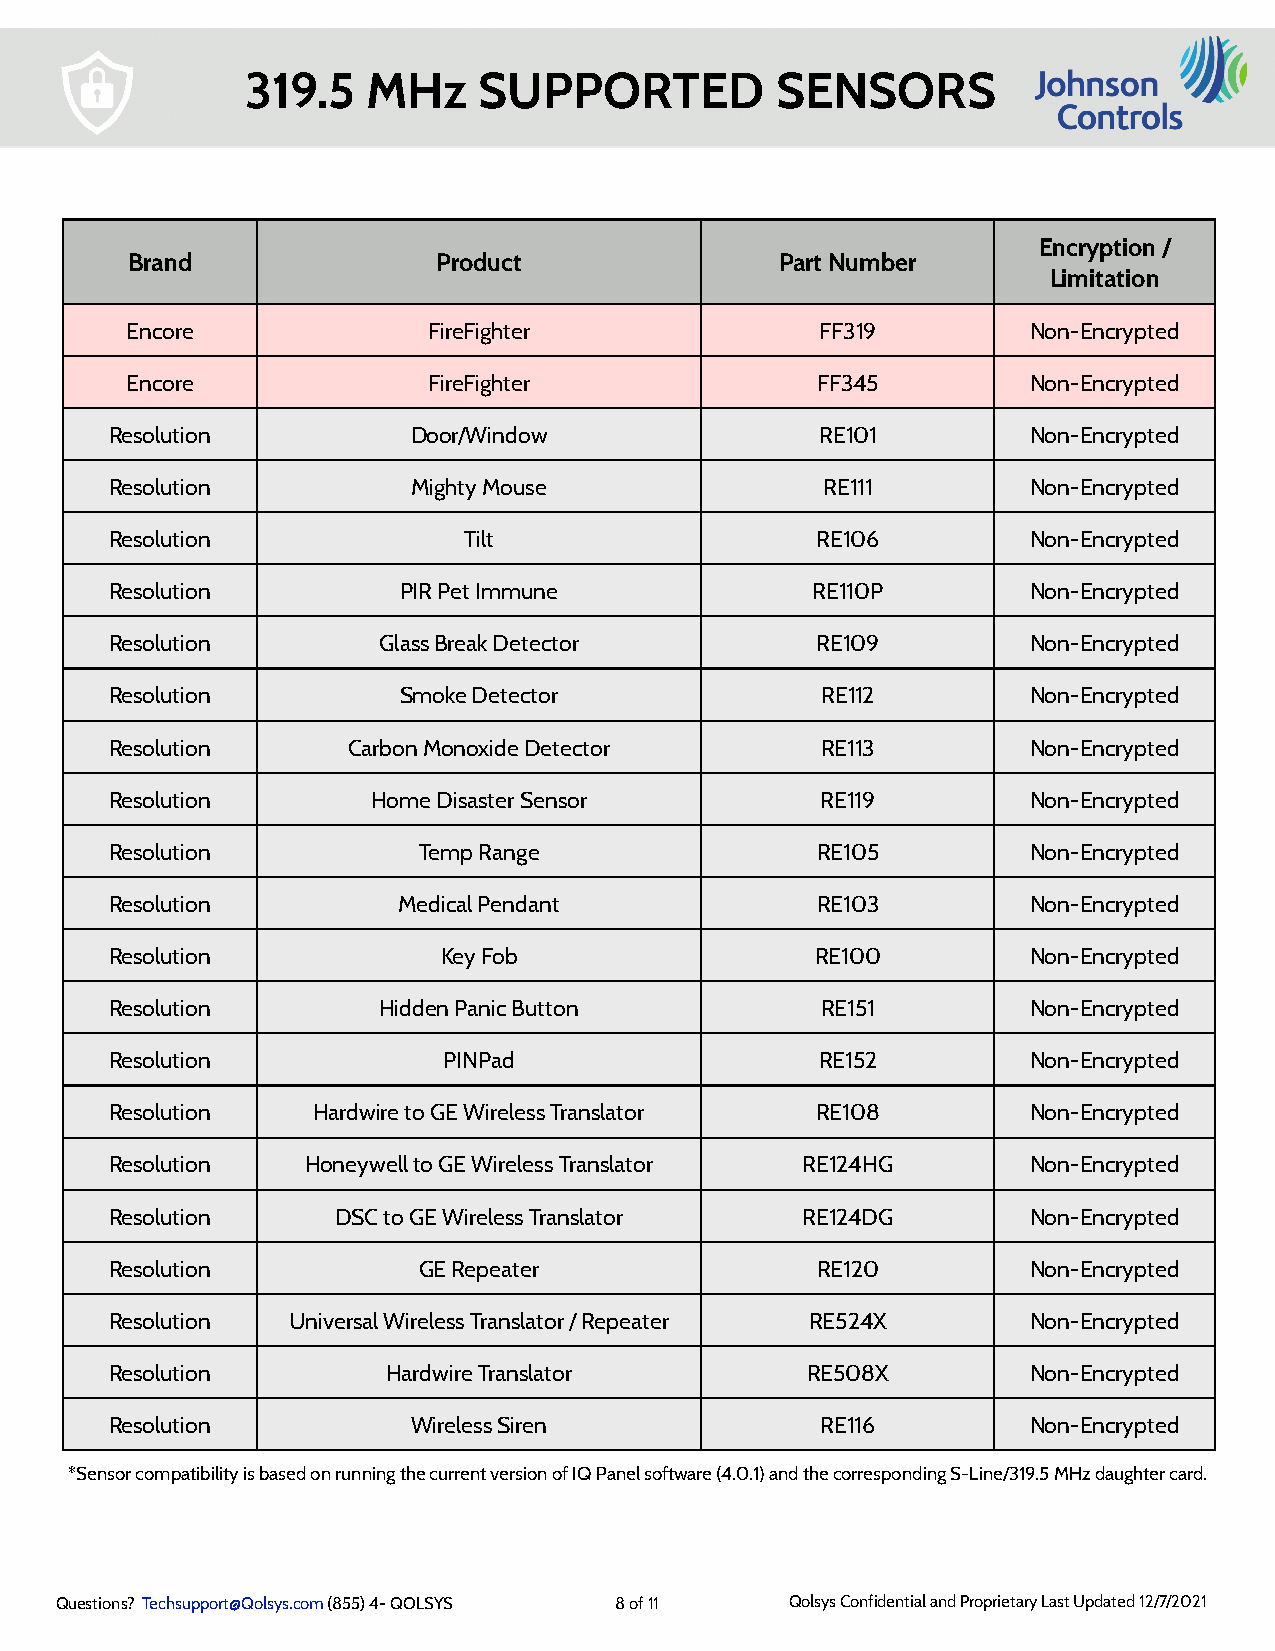
319.5   MHz     SUPPORTED          SENSORS
 Encryption /
 Brand                Product                Part Number
 Limitation
 Encore              FireFighter               FF319         Non-Encrypted
 Encore              FireFighter               FF345         Non-Encrypted
 Resolution          Door/Window                RE101         Non-Encrypted
 Resolution          Mighty Mouse                RE111        Non-Encrypted
 Resolution              Tilt                   RE106         Non-Encrypted
 Resolution         PIR Pet Immune              RE110P        Non-Encrypted
 Resolution        Glass Break Detector         RE109         Non-Encrypted
 Resolution         Smoke Detector              RE112         Non-Encrypted
 Resolution      Carbon Monoxide Detector       RE113         Non-Encrypted
 Resolution        Home Disaster Sensor         RE119         Non-Encrypted
 Resolution           Temp Range                RE105         Non-Encrypted
 Resolution         Medical Pendant             RE103         Non-Encrypted
 Resolution            Key Fob                  RE100         Non-Encrypted
 Resolution        Hidden Panic Button          RE151         Non-Encrypted
 Resolution            PINPad                   RE152         Non-Encrypted
 Resolution    Hardwire to GE Wireless Translator RE108       Non-Encrypted
 Resolution   Honeywell to GE Wireless Translator RE124HG     Non-Encrypted
 Resolution     DSC to GE Wireless Translator  RE124DG        Non-Encrypted
 Resolution           GE Repeater               RE120         Non-Encrypted
 Resolution  Universal Wireless Translator / Repeater RE524X  Non-Encrypted
 Resolution         Hardwire Translator        RE508X         Non-Encrypted
 Resolution          Wireless Siren             RE116         Non-Encrypted
 *Sensor compatibility is based on running the current version of IQ Panel software (4.0.1) and the corresponding S-Line/319.5 MHz daughter card.
 Questions? Techsupport@Qolsys.com (855) 4- QOLSYS 8 of 11 Qolsys Confidential and Proprietary Last Updated 12/7/2021